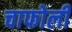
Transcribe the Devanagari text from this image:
चाफोली